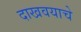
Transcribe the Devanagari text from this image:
दाखवयाचे